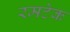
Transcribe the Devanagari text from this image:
रमटेक